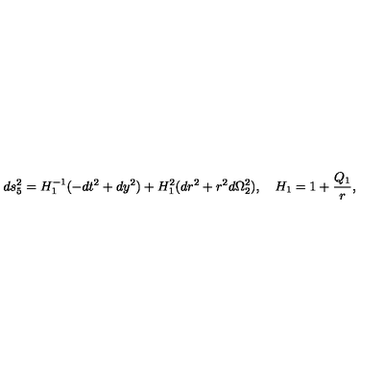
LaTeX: d s _ { 5 } ^ { 2 } = H _ { 1 } ^ { - 1 } ( - d t ^ { 2 } + d y ^ { 2 } ) + H _ { 1 } ^ { 2 } ( d r ^ { 2 } + r ^ { 2 } d \Omega _ { 2 } ^ { 2 } ) , \quad H _ { 1 } = 1 + { \frac { Q _ { 1 } } { r } } ,